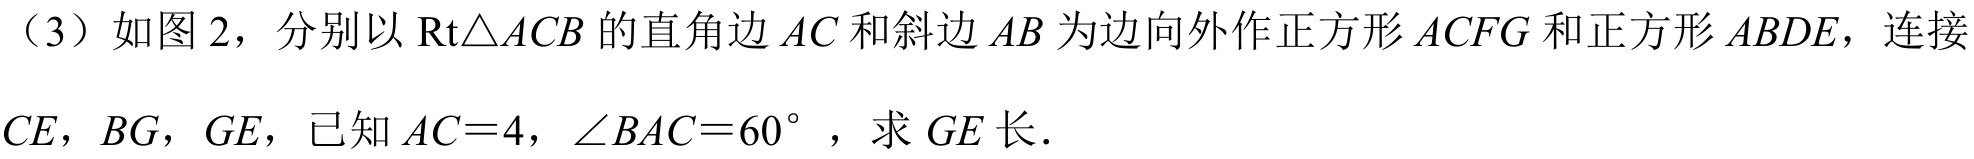
（3）如图 2，分别以$\text{Rt}\triangle ACB$的直角边$AC$和斜边$AB$为边向外作正方形$ACFG$和正方形$ABDE$，连接$CE$，$BG$，$GE$，已知$AC = 4$，$\angle BAC = 60^{\circ}$，求$GE$长．